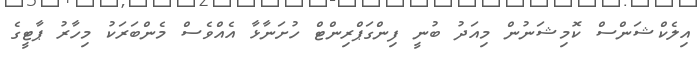
އިލެކްޝަންސް ކޮމިޝަނުން މިއަދު ބުނީ ފިންގަޕްރިންޓް ހުށަނާޅާ އެއްވެސް މެންބަރަކު މިހާރު ޕާޓީގެ